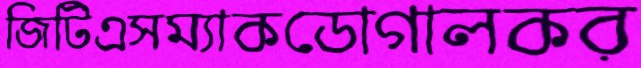
জিটিএসম্যাকডোগালকর